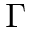
\Gamma